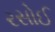
રસોઈ